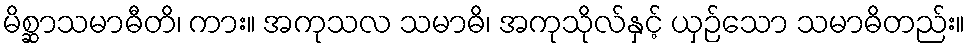
မိစ္ဆာသမာဓီတိ၊ ကား။ အကုသလ သမာဓိ၊ အကုသိုလ်နှင့် ယှဉ်သော သမာဓိတည်း။